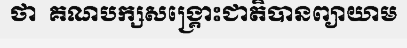
ថា  គណបក្សសង្គ្រោះជាតិបានព្យាយាម